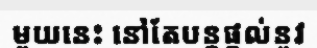
មួយនេះ នៅតែបន្តផ្តល់នូវ